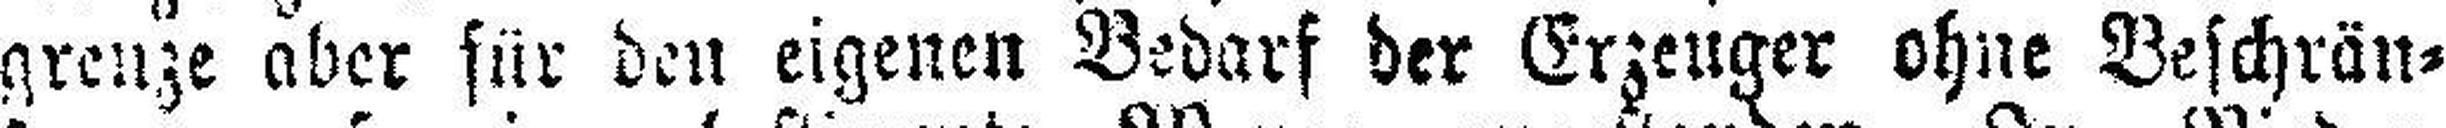
grenze aber für den eigenen Bedarf der Erzeuger ohne Beschrän¬